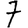
Digit: 7